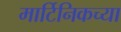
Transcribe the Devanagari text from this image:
मार्टिनिकच्या